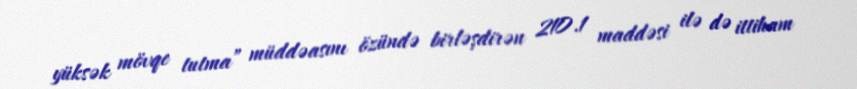
yüksək mövqe tutma” müddəasını özündə birləşdirən 210.1 maddəsi ilə də ittiham